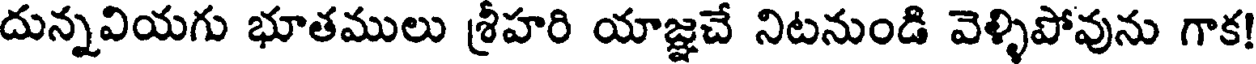
దున్నవియగు భూతములు శ్రీహరి యాజ్ఞచే నిటనుండి వెళ్ళిపోవును గాక!